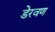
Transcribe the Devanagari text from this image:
डेरवण